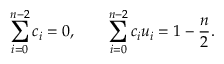
\sum _ { i = 0 } ^ { n - 2 } c _ { i } = 0 , \qquad \sum _ { i = 0 } ^ { n - 2 } c _ { i } u _ { i } = 1 - { \frac { n } { 2 } } .